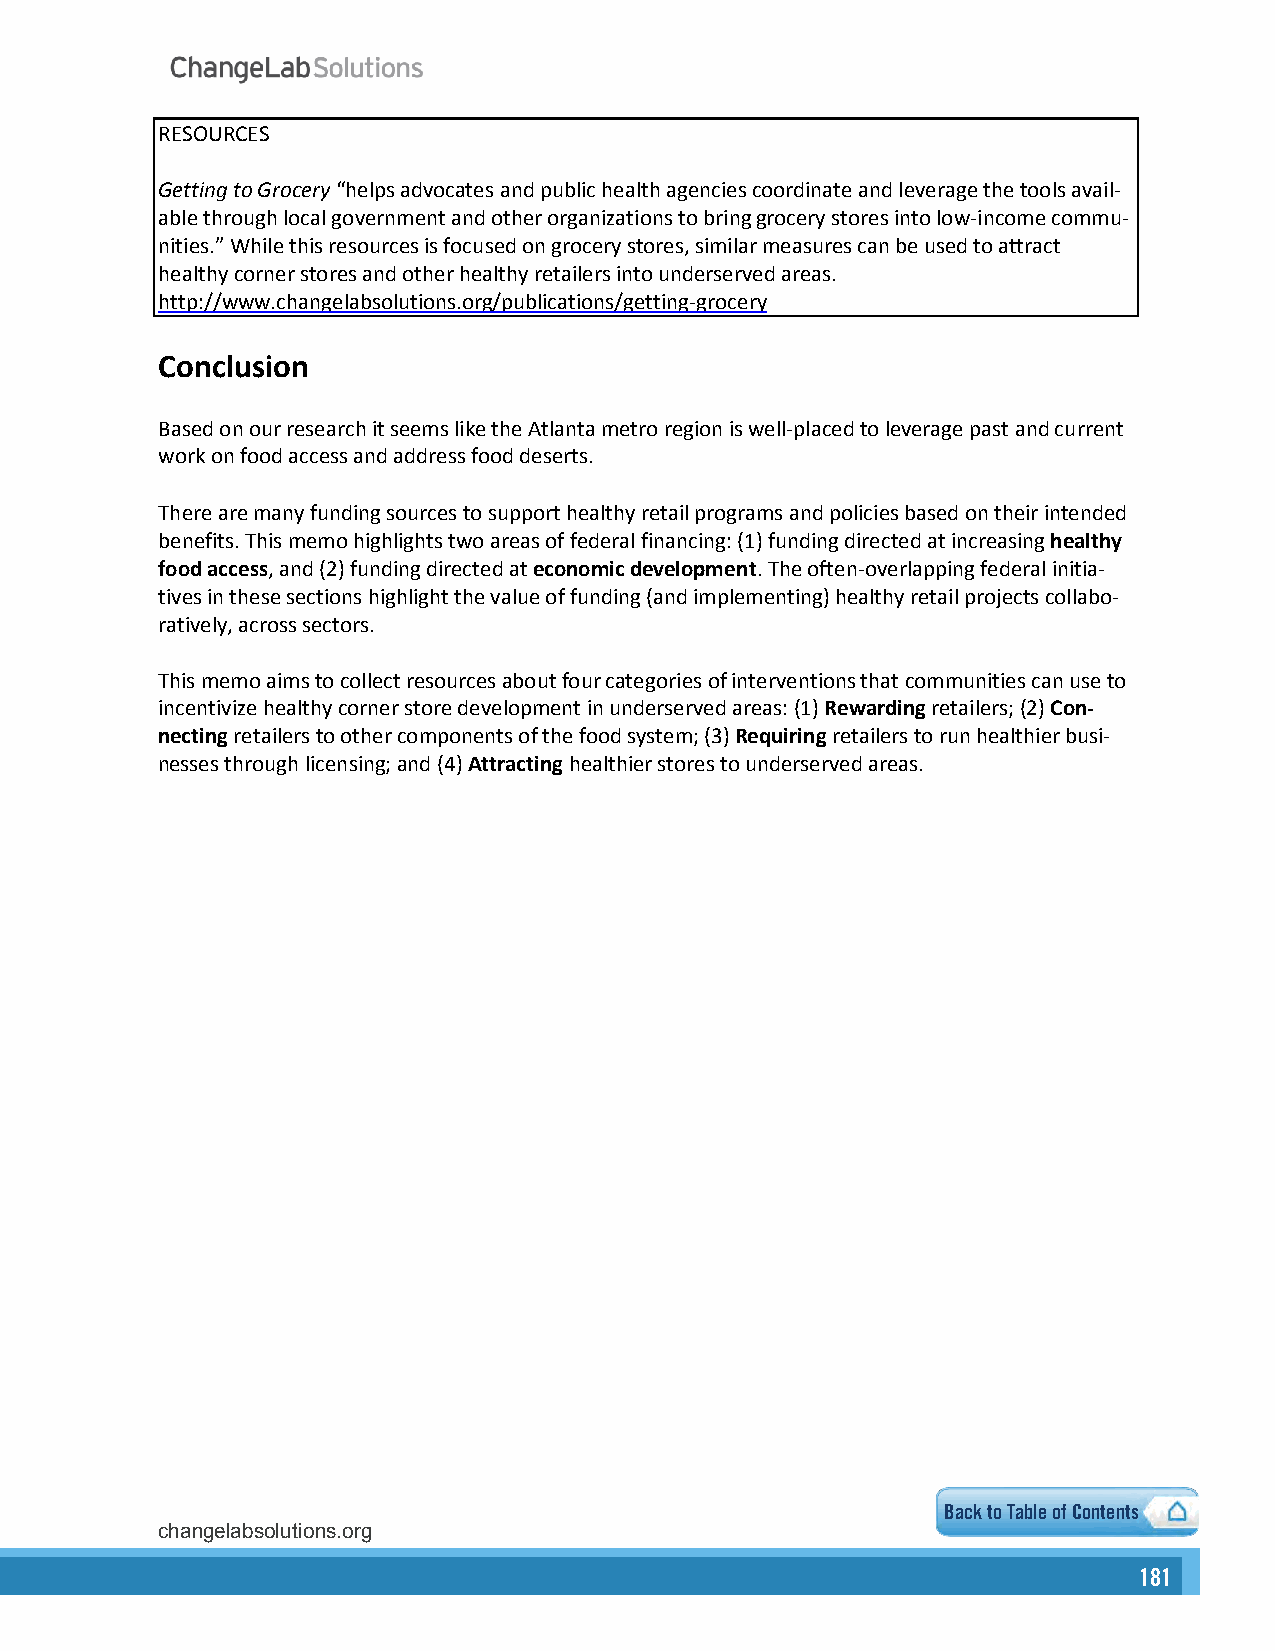
RESOURCES
 Getting to Grocery “helps advocates and public health agencies coordinate and leverage the tools avail-
 able through local government and other organizations to bring grocery stores into low-income commu-
 nities.” While this resources is focused on grocery stores, similar measures can be used to attract
 healthy corner stores and other healthy retailers into underserved areas.
 http://www.changelabsolutions.org/publications/getting-grocery
 Conclusion
 Based on our research it seems like the Atlanta metro region is well-placed to leverage past and current
 work on food access and address food deserts.
 There are many funding sources to support healthy retail programs and policies based on their intended
 benefits. This memo highlights two areas of federal financing: (1) funding directed at increasing healthy
 food access, and (2) funding directed at economic development. The often-overlapping federal initia-
 tives in these sections highlight the value of funding (and implementing) healthy retail projects collabo-
 ratively, across sectors.
 This memo aims to collect resources about four categories of interventions that communities can use to
 incentivize healthy corner store development in underserved areas: (1) Rewarding retailers; (2) Con-
 necting retailers to other components of the food system; (3) Requiring retailers to run healthier busi-
 nesses through licensing; and (4) Attracting healthier stores to underserved areas.
 Back to Table of Contents
 changelabsolutions.org                                     7
 181